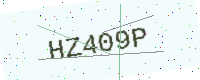
Text: HZ409P